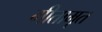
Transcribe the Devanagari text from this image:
गीतामृत